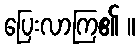
ပြေးလာကြ၏ ။